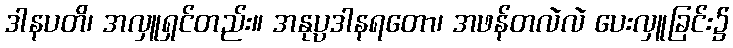
ဒါနပတိ၊ အလှူရှင်တည်း။ အနုပ္ပဒါနရတော၊ အဖန်တလဲလဲ ပေးလှူခြင်း၌